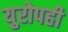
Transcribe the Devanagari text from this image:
युरोपही